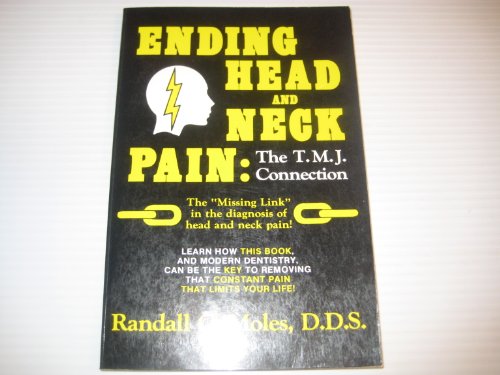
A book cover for Ending Head and Neck Pain: The Tmj Connection; Randall C. Moles; Medical Books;